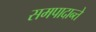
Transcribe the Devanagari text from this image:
समपादान्ते